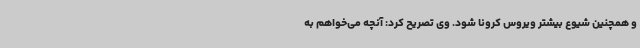
و همچنین شیوع بیشتر ویروس کرونا شود. وی تصریح کرد: آنچه می‌خواهم به